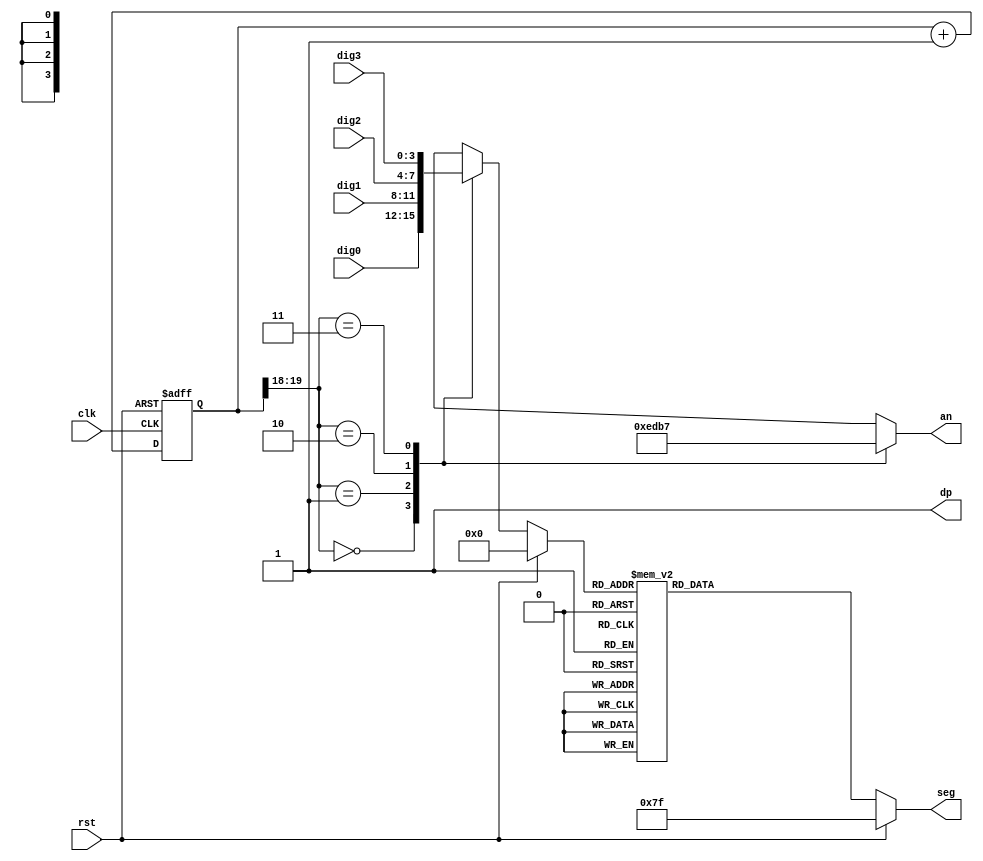
`timescale 1ns / 1ps
//////////////////////////////////////////////////////////////////////////////////
// Company: 
// Engineer: 
// 
// Design Name: 
// Module Name: seg7_decoder
// Project Name: 
// Target Devices: 
// Tool Versions: 
// Description: 
// 
// Dependencies: 
// 
// Revision:
// Revision 0.01 - File Created
// Additional Comments:
// 
//////////////////////////////////////////////////////////////////////////////////



module seg7_decoder(dig3,dig2,dig1,dig0,clk,rst,seg,an,dp);

input [3:0]dig3,dig2,dig1,dig0;
// input [15:0] in;
input clk,rst;
output reg [6:0] seg;
output reg [3:0] an;
output wire dp;

wire [1:0] select;
reg [3:0] digit;
reg [19:0] clkdiv;

assign select = clkdiv[19:18];
assign dp = 1;

// input multiplexer
always @ (*)
    begin
        if(rst == 0)
            begin
                case(select)
                    0:  digit = dig0;
                    1:  digit = dig1;
                    2:  digit = dig2;
                    3:  digit = dig3;
                endcase
            end
        else
            begin
                digit = 0;
            end
    end

//selecting anodes
always @(*)
    begin
        case(select)
            0:  an = 4'b1110;
            1:  an = 4'b1101;
            2:  an = 4'b1011;
            3:  an = 4'b0111;
        endcase
    end

// 7-segment ouptuts
always @ (*)
    begin
        if(rst == 0)
            begin
                case(digit)    //gfedcba//
                    0:  seg = 7'b1000000; // 0
                    1:  seg = 7'b1111001; // 1
                    2:  seg = 7'b0100100; // 2
                    3:  seg = 7'b0110000; // 3
                    4:  seg = 7'b0011001; // 4
                    5:  seg = 7'b0010010; // 5
                    6:  seg = 7'b0000010; // 6
                    7:  seg = 7'b1111000; // 7
                    8:  seg = 7'b0000000; // 8
                    9:  seg = 7'b0010000; // 9
                    10: seg = 7'b0001000; // A
                    11: seg = 7'b0000011; // B
                    12: seg = 7'b1000110; // C
                    13: seg = 7'b0100001; // D
                    14: seg = 7'b0000110; // E
                    15: seg = 7'b1111111; // Reserved for blank output so shall not display F           
                endcase
            end
        else
            begin
                seg = 7'b1111111; // close 7-seg
            end
    end
    
// clock division    
always @(posedge clk or posedge rst) 
    begin
        if ( rst == 1)
            clkdiv <= 0;
        else
            clkdiv <= clkdiv + 1;
    end

endmodule